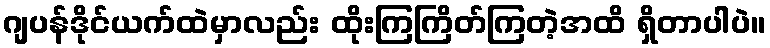
ဂျပန်ဒိုင်ယက်ထဲမှာလည်း ထိုးကြကြိတ်ကြတဲ့အထိ ရှိတာပါပဲ။